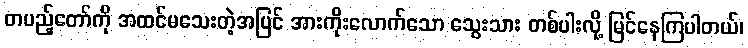
တပည့်တော်ကို အထင်မသေးတဲ့အပြင် အားကိုးလောက်သော သွေးသား တစ်ပါးလို့ မြင်နေကြပါတယ်၊